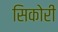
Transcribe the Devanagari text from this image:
सिकोरी